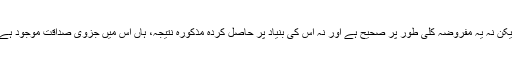
لیکن نہ یہ مفروضہ کُلّی طور پر صحیح ہے اور نہ اس کی بنیاد پر حاصل کردہ مذکورہ نتیجہ، ہاں اس میں جزوی صداقت موجود ہے۔